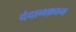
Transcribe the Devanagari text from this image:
दंदानक़ान